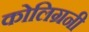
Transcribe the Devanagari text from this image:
कोलिग्रनी